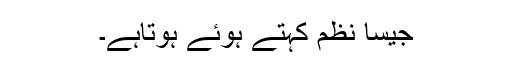
جیسا نظم کہتے ہوئے ہوتاہے۔